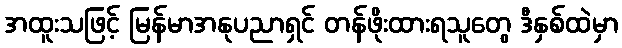
အထူးသဖြင့် မြန်မာအနုပညာရှင် တန်ဖိုးထားရသူတွေ ဒီနှစ်ထဲမှာ